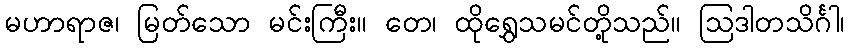
မဟာရာဇ၊ မြတ်သော မင်းကြီး။ တေ၊ ထိုရွှေသမင်တို့သည်။ ဩဒါတသိင်္ဂါ၊